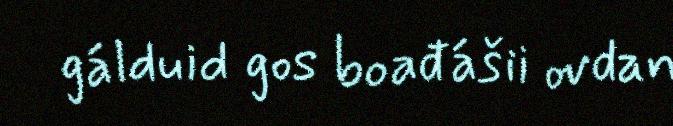
gálduid gos boađášii ovdan